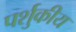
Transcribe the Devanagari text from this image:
पर्शुकीय